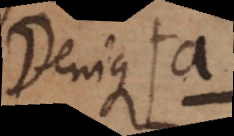
Denique a